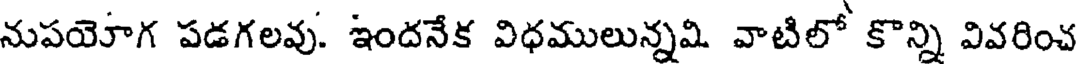
నుపయోగ పడగలవు. ఇందనేక విధములున్నమి వాటిలో కొన్ని వివరించ